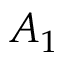
A _ { 1 }